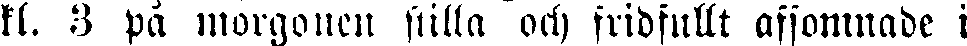
kl. 3 på morgonen stilla och fridfyllt afsomnade i